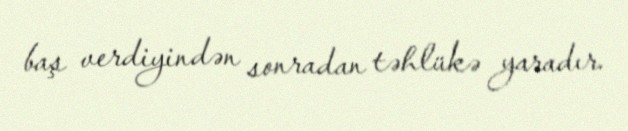
baş verdiyindən sonradan təhlükə yaradır.